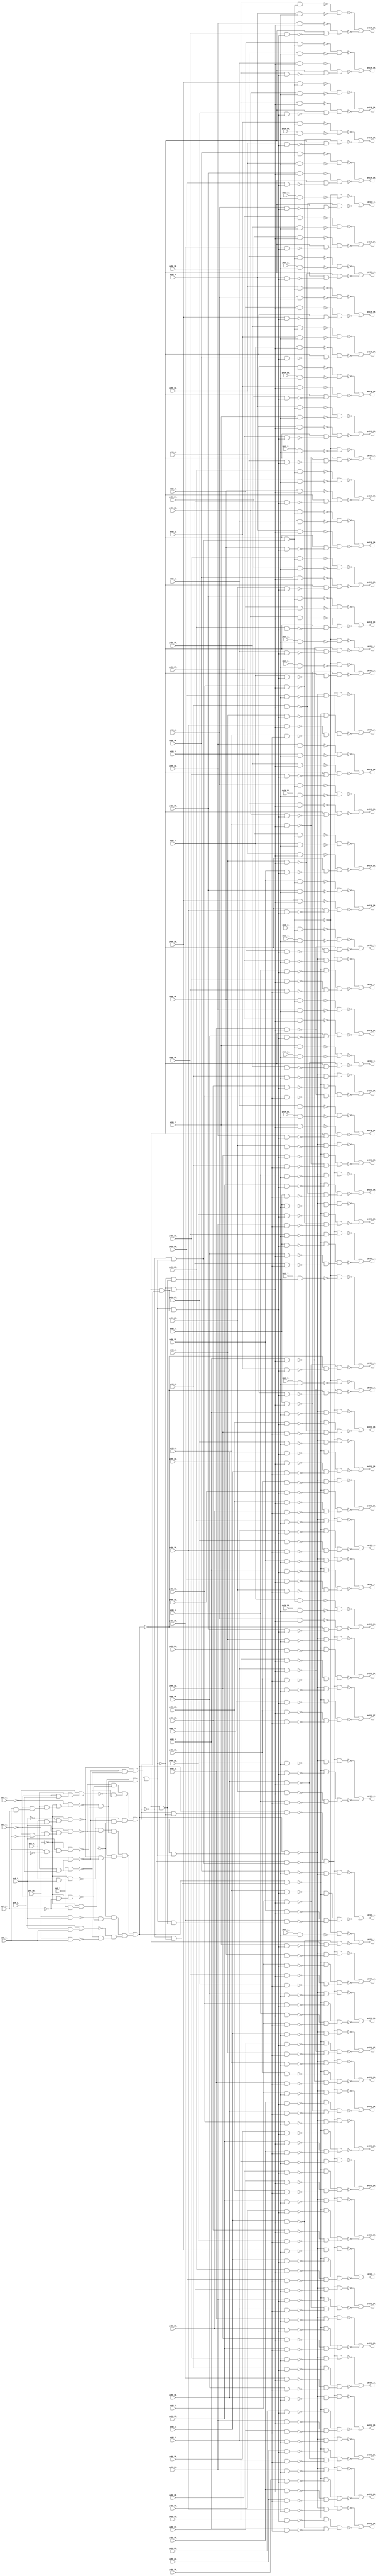
module top ( 
    pv56_12_, pv56_23_, pv88_6_, pv88_19_, pv56_13_, pv56_22_, pv88_7_,
    pv88_29_, pv56_14_, pv56_25_, pv88_8_, pv88_17_, pv88_28_, pv56_15_,
    pv56_24_, pv88_9_, pv88_18_, pv88_27_, pv9_5_, pv56_30_, pv88_2_,
    pv88_15_, pv88_26_, pv9_6_, pv24_10_, pv56_31_, pv88_3_, pv88_16_,
    pv88_25_, pv9_7_, pv9_10_, pv56_10_, pv56_21_, pv88_4_, pv88_13_,
    pv88_24_, pv9_8_, pv56_11_, pv56_20_, pv88_5_, pv88_14_, pv88_23_,
    pv56_5_, pv88_11_, pv88_22_, pv56_4_, pv88_12_, pv88_21_, pv56_7_,
    pv88_20_, pv56_6_, pv88_10_, pv24_8_, pv56_9_, pv24_9_, pv56_8_,
    pv24_6_, pv24_7_, pv24_4_, pv24_5_, pv24_2_, pv24_3_, pv24_0_, pv56_1_,
    pv24_1_, pv56_0_, pv88_30_, pv56_3_, pv88_31_, pv56_2_, pv9_1_,
    pv24_13_, pv9_2_, pv24_14_, pv9_3_, pv24_11_, pv88_0_, pv24_12_,
    pv88_1_, pv56_16_, pv56_27_, pv56_17_, pv56_26_, pv56_18_, pv56_29_,
    pv9_0_, pv56_19_, pv56_28_,
    pv119_1_, pv119_0_, pv119_3_, pv119_30_, pv119_2_, pv151_1_, pv151_18_,
    pv151_0_, pv151_19_, pv119_21_, pv151_3_, pv151_16_, pv119_20_,
    pv151_2_, pv151_17_, pv119_9_, pv119_23_, pv151_27_, pv119_8_,
    pv119_22_, pv151_26_, pv119_25_, pv151_29_, pv119_24_, pv151_28_,
    pv119_5_, pv119_27_, pv119_4_, pv119_26_, pv119_7_, pv119_29_,
    pv119_6_, pv119_28_, pv119_18_, pv119_19_, pv119_16_, pv151_21_,
    pv119_17_, pv151_20_, pv119_14_, pv151_23_, pv119_15_, pv151_22_,
    pv119_12_, pv151_25_, pv151_30_, pv119_13_, pv151_24_, pv151_31_,
    pv119_10_, pv151_5_, pv151_14_, pv119_11_, pv151_4_, pv151_15_,
    pv151_7_, pv151_12_, pv151_6_, pv151_13_, pv151_9_, pv151_10_,
    pv151_8_, pv151_11_  );
  input  pv56_12_, pv56_23_, pv88_6_, pv88_19_, pv56_13_, pv56_22_,
    pv88_7_, pv88_29_, pv56_14_, pv56_25_, pv88_8_, pv88_17_, pv88_28_,
    pv56_15_, pv56_24_, pv88_9_, pv88_18_, pv88_27_, pv9_5_, pv56_30_,
    pv88_2_, pv88_15_, pv88_26_, pv9_6_, pv24_10_, pv56_31_, pv88_3_,
    pv88_16_, pv88_25_, pv9_7_, pv9_10_, pv56_10_, pv56_21_, pv88_4_,
    pv88_13_, pv88_24_, pv9_8_, pv56_11_, pv56_20_, pv88_5_, pv88_14_,
    pv88_23_, pv56_5_, pv88_11_, pv88_22_, pv56_4_, pv88_12_, pv88_21_,
    pv56_7_, pv88_20_, pv56_6_, pv88_10_, pv24_8_, pv56_9_, pv24_9_,
    pv56_8_, pv24_6_, pv24_7_, pv24_4_, pv24_5_, pv24_2_, pv24_3_, pv24_0_,
    pv56_1_, pv24_1_, pv56_0_, pv88_30_, pv56_3_, pv88_31_, pv56_2_,
    pv9_1_, pv24_13_, pv9_2_, pv24_14_, pv9_3_, pv24_11_, pv88_0_,
    pv24_12_, pv88_1_, pv56_16_, pv56_27_, pv56_17_, pv56_26_, pv56_18_,
    pv56_29_, pv9_0_, pv56_19_, pv56_28_;
  output pv119_1_, pv119_0_, pv119_3_, pv119_30_, pv119_2_, pv151_1_,
    pv151_18_, pv151_0_, pv151_19_, pv119_21_, pv151_3_, pv151_16_,
    pv119_20_, pv151_2_, pv151_17_, pv119_9_, pv119_23_, pv151_27_,
    pv119_8_, pv119_22_, pv151_26_, pv119_25_, pv151_29_, pv119_24_,
    pv151_28_, pv119_5_, pv119_27_, pv119_4_, pv119_26_, pv119_7_,
    pv119_29_, pv119_6_, pv119_28_, pv119_18_, pv119_19_, pv119_16_,
    pv151_21_, pv119_17_, pv151_20_, pv119_14_, pv151_23_, pv119_15_,
    pv151_22_, pv119_12_, pv151_25_, pv151_30_, pv119_13_, pv151_24_,
    pv151_31_, pv119_10_, pv151_5_, pv151_14_, pv119_11_, pv151_4_,
    pv151_15_, pv151_7_, pv151_12_, pv151_6_, pv151_13_, pv151_9_,
    pv151_10_, pv151_8_, pv151_11_;
  wire new_n152_, new_n153_, new_n154_, new_n155_, new_n156_, new_n157_,
    new_n158_, new_n159_, new_n160_, new_n161_, new_n162_, new_n163_,
    new_n164_, new_n165_, new_n166_, new_n167_, new_n168_, new_n169_,
    new_n170_, new_n171_, new_n172_, new_n173_, new_n174_, new_n175_,
    new_n176_, new_n177_, new_n178_, new_n179_, new_n180_, new_n181_,
    new_n182_, new_n183_, new_n184_, new_n185_, new_n186_, new_n187_,
    new_n188_, new_n189_, new_n190_, new_n191_, new_n192_, new_n193_,
    new_n194_, new_n195_, new_n196_, new_n197_, new_n198_, new_n199_,
    new_n200_, new_n201_, new_n202_, new_n203_, new_n204_, new_n205_,
    new_n206_, new_n207_, new_n208_, new_n209_, new_n210_, new_n211_,
    new_n212_, new_n213_, new_n214_, new_n215_, new_n216_, new_n217_,
    new_n219_, new_n220_, new_n221_, new_n222_, new_n223_, new_n224_,
    new_n226_, new_n227_, new_n228_, new_n229_, new_n230_, new_n231_,
    new_n233_, new_n234_, new_n235_, new_n236_, new_n237_, new_n238_,
    new_n239_, new_n241_, new_n242_, new_n243_, new_n244_, new_n245_,
    new_n246_, new_n248_, new_n249_, new_n250_, new_n251_, new_n252_,
    new_n253_, new_n254_, new_n255_, new_n256_, new_n257_, new_n258_,
    new_n259_, new_n260_, new_n261_, new_n262_, new_n263_, new_n264_,
    new_n265_, new_n267_, new_n268_, new_n269_, new_n270_, new_n271_,
    new_n272_, new_n273_, new_n274_, new_n275_, new_n277_, new_n278_,
    new_n279_, new_n280_, new_n281_, new_n282_, new_n283_, new_n284_,
    new_n285_, new_n287_, new_n288_, new_n289_, new_n290_, new_n291_,
    new_n292_, new_n293_, new_n294_, new_n295_, new_n297_, new_n298_,
    new_n299_, new_n300_, new_n301_, new_n302_, new_n303_, new_n305_,
    new_n306_, new_n307_, new_n308_, new_n309_, new_n310_, new_n311_,
    new_n312_, new_n313_, new_n315_, new_n316_, new_n317_, new_n318_,
    new_n319_, new_n320_, new_n321_, new_n322_, new_n323_, new_n325_,
    new_n326_, new_n327_, new_n328_, new_n329_, new_n330_, new_n331_,
    new_n333_, new_n334_, new_n335_, new_n336_, new_n337_, new_n338_,
    new_n339_, new_n340_, new_n341_, new_n343_, new_n344_, new_n345_,
    new_n346_, new_n347_, new_n348_, new_n349_, new_n350_, new_n351_,
    new_n353_, new_n354_, new_n355_, new_n356_, new_n357_, new_n358_,
    new_n359_, new_n361_, new_n362_, new_n363_, new_n364_, new_n365_,
    new_n366_, new_n367_, new_n369_, new_n370_, new_n371_, new_n372_,
    new_n373_, new_n374_, new_n375_, new_n376_, new_n377_, new_n379_,
    new_n380_, new_n381_, new_n382_, new_n383_, new_n384_, new_n385_,
    new_n387_, new_n388_, new_n389_, new_n390_, new_n391_, new_n392_,
    new_n393_, new_n395_, new_n396_, new_n397_, new_n398_, new_n399_,
    new_n400_, new_n401_, new_n402_, new_n403_, new_n405_, new_n406_,
    new_n407_, new_n408_, new_n409_, new_n410_, new_n411_, new_n413_,
    new_n414_, new_n415_, new_n416_, new_n417_, new_n418_, new_n419_,
    new_n420_, new_n421_, new_n423_, new_n424_, new_n425_, new_n426_,
    new_n427_, new_n428_, new_n429_, new_n431_, new_n432_, new_n433_,
    new_n434_, new_n435_, new_n436_, new_n437_, new_n438_, new_n439_,
    new_n441_, new_n442_, new_n443_, new_n444_, new_n445_, new_n447_,
    new_n448_, new_n449_, new_n450_, new_n451_, new_n452_, new_n453_,
    new_n455_, new_n456_, new_n457_, new_n458_, new_n459_, new_n461_,
    new_n462_, new_n463_, new_n464_, new_n465_, new_n466_, new_n467_,
    new_n469_, new_n470_, new_n471_, new_n472_, new_n473_, new_n474_,
    new_n476_, new_n477_, new_n478_, new_n479_, new_n480_, new_n481_,
    new_n482_, new_n484_, new_n485_, new_n486_, new_n487_, new_n488_,
    new_n490_, new_n491_, new_n492_, new_n493_, new_n494_, new_n495_,
    new_n496_, new_n498_, new_n499_, new_n500_, new_n501_, new_n502_,
    new_n503_, new_n504_, new_n506_, new_n507_, new_n508_, new_n509_,
    new_n510_, new_n511_, new_n512_, new_n514_, new_n515_, new_n516_,
    new_n517_, new_n518_, new_n519_, new_n520_, new_n522_, new_n523_,
    new_n524_, new_n525_, new_n526_, new_n527_, new_n528_, new_n529_,
    new_n531_, new_n532_, new_n533_, new_n534_, new_n535_, new_n536_,
    new_n537_, new_n539_, new_n540_, new_n541_, new_n542_, new_n543_,
    new_n544_, new_n545_, new_n546_, new_n548_, new_n549_, new_n550_,
    new_n551_, new_n552_, new_n553_, new_n554_, new_n556_, new_n557_,
    new_n558_, new_n559_, new_n560_, new_n561_, new_n562_, new_n563_,
    new_n564_, new_n566_, new_n567_, new_n568_, new_n569_, new_n570_,
    new_n571_, new_n572_, new_n574_, new_n575_, new_n576_, new_n577_,
    new_n578_, new_n579_, new_n580_, new_n581_, new_n582_, new_n584_,
    new_n585_, new_n586_, new_n587_, new_n588_, new_n589_, new_n590_,
    new_n592_, new_n593_, new_n594_, new_n595_, new_n596_, new_n597_,
    new_n598_, new_n599_, new_n600_, new_n602_, new_n603_, new_n604_,
    new_n605_, new_n606_, new_n607_, new_n608_, new_n609_, new_n610_,
    new_n612_, new_n613_, new_n614_, new_n615_, new_n616_, new_n617_,
    new_n618_, new_n620_, new_n621_, new_n622_, new_n623_, new_n624_,
    new_n625_, new_n626_, new_n627_, new_n628_, new_n630_, new_n631_,
    new_n632_, new_n633_, new_n634_, new_n635_, new_n636_, new_n637_,
    new_n638_, new_n640_, new_n641_, new_n642_, new_n643_, new_n644_,
    new_n645_, new_n647_, new_n648_, new_n649_, new_n650_, new_n651_,
    new_n652_, new_n653_, new_n654_, new_n655_, new_n657_, new_n658_,
    new_n659_, new_n660_, new_n661_, new_n662_, new_n663_, new_n664_,
    new_n666_, new_n667_, new_n668_, new_n669_, new_n670_, new_n671_,
    new_n672_, new_n674_, new_n675_, new_n676_, new_n677_, new_n678_,
    new_n679_, new_n680_, new_n681_, new_n682_, new_n684_, new_n685_,
    new_n686_, new_n687_, new_n688_, new_n689_, new_n690_, new_n691_,
    new_n693_, new_n694_, new_n695_, new_n696_, new_n697_, new_n698_,
    new_n699_, new_n700_, new_n701_, new_n703_, new_n704_, new_n705_,
    new_n706_, new_n707_, new_n708_, new_n709_, new_n710_, new_n712_,
    new_n713_, new_n714_, new_n715_, new_n716_, new_n717_, new_n718_,
    new_n719_, new_n720_, new_n722_, new_n723_, new_n724_, new_n725_,
    new_n726_, new_n727_, new_n728_, new_n729_, new_n731_, new_n732_,
    new_n733_, new_n734_, new_n735_, new_n736_, new_n737_, new_n738_,
    new_n739_, new_n741_, new_n742_, new_n743_, new_n744_, new_n745_,
    new_n746_, new_n747_, new_n748_, new_n749_, new_n751_, new_n752_,
    new_n753_, new_n754_, new_n755_, new_n756_, new_n757_, new_n758_,
    new_n759_, new_n761_, new_n762_, new_n763_, new_n764_, new_n765_,
    new_n766_, new_n767_, new_n768_, new_n769_;
  assign new_n152_ = pv9_8_ & pv9_1_;
  assign new_n153_ = ~pv9_10_ & new_n152_;
  assign new_n154_ = ~pv9_6_ & ~pv9_2_;
  assign new_n155_ = ~pv9_5_ & new_n154_;
  assign new_n156_ = pv9_1_ & new_n155_;
  assign new_n157_ = ~pv9_10_ & new_n156_;
  assign new_n158_ = pv9_2_ & pv9_0_;
  assign new_n159_ = ~pv9_5_ & new_n158_;
  assign new_n160_ = ~pv9_1_ & new_n159_;
  assign new_n161_ = ~pv9_10_ & new_n160_;
  assign new_n162_ = ~pv9_6_ & new_n161_;
  assign new_n163_ = pv9_2_ & ~pv9_3_;
  assign new_n164_ = pv9_1_ & new_n163_;
  assign new_n165_ = ~pv9_10_ & new_n164_;
  assign new_n166_ = pv9_8_ & pv9_2_;
  assign new_n167_ = ~pv9_1_ & new_n166_;
  assign new_n168_ = ~pv9_10_ & new_n167_;
  assign new_n169_ = ~pv9_1_ & ~pv9_2_;
  assign new_n170_ = pv9_10_ & new_n169_;
  assign new_n171_ = ~pv9_5_ & ~pv9_2_;
  assign new_n172_ = ~pv9_1_ & new_n171_;
  assign new_n173_ = ~pv9_6_ & new_n172_;
  assign new_n174_ = pv9_7_ & new_n169_;
  assign new_n175_ = pv9_10_ & pv9_2_;
  assign new_n176_ = pv9_1_ & pv9_2_;
  assign new_n177_ = pv9_3_ & new_n176_;
  assign new_n178_ = pv9_10_ & pv9_1_;
  assign new_n179_ = ~pv9_5_ & ~pv9_0_;
  assign new_n180_ = ~pv9_10_ & new_n179_;
  assign new_n181_ = pv9_7_ & ~pv9_0_;
  assign new_n182_ = ~pv9_10_ & new_n181_;
  assign new_n183_ = ~new_n153_ & ~new_n157_;
  assign new_n184_ = ~new_n162_ & ~new_n165_;
  assign new_n185_ = new_n183_ & new_n184_;
  assign new_n186_ = ~new_n168_ & ~new_n170_;
  assign new_n187_ = ~new_n173_ & new_n186_;
  assign new_n188_ = new_n185_ & new_n187_;
  assign new_n189_ = ~new_n178_ & ~new_n180_;
  assign new_n190_ = ~new_n182_ & new_n189_;
  assign new_n191_ = ~new_n174_ & ~new_n175_;
  assign new_n192_ = ~new_n177_ & new_n191_;
  assign new_n193_ = new_n190_ & new_n192_;
  assign new_n194_ = new_n188_ & new_n193_;
  assign new_n195_ = ~new_n157_ & ~new_n180_;
  assign new_n196_ = ~new_n173_ & ~new_n174_;
  assign new_n197_ = new_n195_ & new_n196_;
  assign new_n198_ = ~new_n170_ & ~new_n182_;
  assign new_n199_ = ~new_n153_ & new_n198_;
  assign new_n200_ = new_n197_ & new_n199_;
  assign new_n201_ = ~new_n170_ & ~new_n174_;
  assign new_n202_ = ~new_n168_ & new_n201_;
  assign new_n203_ = ~new_n173_ & new_n184_;
  assign new_n204_ = new_n202_ & new_n203_;
  assign new_n205_ = ~new_n194_ & new_n200_;
  assign new_n206_ = new_n204_ & new_n205_;
  assign new_n207_ = pv56_2_ & new_n206_;
  assign new_n208_ = ~new_n204_ & new_n205_;
  assign new_n209_ = pv88_2_ & new_n208_;
  assign new_n210_ = ~new_n200_ & new_n204_;
  assign new_n211_ = ~new_n194_ & new_n210_;
  assign new_n212_ = ~new_n194_ & ~new_n200_;
  assign new_n213_ = ~new_n204_ & new_n212_;
  assign new_n214_ = pv24_1_ & new_n213_;
  assign new_n215_ = ~new_n211_ & ~new_n214_;
  assign new_n216_ = ~new_n194_ & ~new_n207_;
  assign new_n217_ = ~new_n209_ & new_n216_;
  assign pv119_1_ = ~new_n215_ | ~new_n217_;
  assign new_n219_ = pv56_1_ & new_n206_;
  assign new_n220_ = pv88_1_ & new_n208_;
  assign new_n221_ = pv24_0_ & new_n213_;
  assign new_n222_ = ~new_n211_ & ~new_n221_;
  assign new_n223_ = ~new_n194_ & ~new_n219_;
  assign new_n224_ = ~new_n220_ & new_n223_;
  assign pv119_0_ = ~new_n222_ | ~new_n224_;
  assign new_n226_ = pv56_4_ & new_n206_;
  assign new_n227_ = pv88_4_ & new_n208_;
  assign new_n228_ = pv24_3_ & new_n213_;
  assign new_n229_ = ~new_n211_ & ~new_n228_;
  assign new_n230_ = ~new_n194_ & ~new_n226_;
  assign new_n231_ = ~new_n227_ & new_n230_;
  assign pv119_3_ = ~new_n229_ | ~new_n231_;
  assign new_n233_ = pv56_31_ & new_n206_;
  assign new_n234_ = pv56_20_ & new_n208_;
  assign new_n235_ = pv56_23_ & new_n211_;
  assign new_n236_ = pv56_16_ & new_n213_;
  assign new_n237_ = ~new_n235_ & ~new_n236_;
  assign new_n238_ = ~new_n194_ & ~new_n233_;
  assign new_n239_ = ~new_n234_ & new_n238_;
  assign pv119_30_ = ~new_n237_ | ~new_n239_;
  assign new_n241_ = pv56_3_ & new_n206_;
  assign new_n242_ = pv88_3_ & new_n208_;
  assign new_n243_ = pv24_2_ & new_n213_;
  assign new_n244_ = ~new_n211_ & ~new_n243_;
  assign new_n245_ = ~new_n194_ & ~new_n241_;
  assign new_n246_ = ~new_n242_ & new_n245_;
  assign pv119_2_ = ~new_n244_ | ~new_n246_;
  assign new_n248_ = pv88_1_ & new_n206_;
  assign new_n249_ = ~new_n200_ & ~new_n204_;
  assign new_n250_ = new_n194_ & new_n249_;
  assign new_n251_ = pv56_22_ & new_n208_;
  assign new_n252_ = new_n204_ & new_n212_;
  assign new_n253_ = pv56_25_ & new_n252_;
  assign new_n254_ = pv56_18_ & new_n213_;
  assign new_n255_ = new_n200_ & new_n204_;
  assign new_n256_ = new_n194_ & new_n255_;
  assign new_n257_ = new_n200_ & ~new_n204_;
  assign new_n258_ = new_n194_ & new_n257_;
  assign new_n259_ = new_n194_ & new_n210_;
  assign new_n260_ = ~new_n258_ & ~new_n259_;
  assign new_n261_ = ~new_n254_ & ~new_n256_;
  assign new_n262_ = new_n260_ & new_n261_;
  assign new_n263_ = ~new_n248_ & ~new_n250_;
  assign new_n264_ = ~new_n251_ & ~new_n253_;
  assign new_n265_ = new_n263_ & new_n264_;
  assign pv151_1_ = ~new_n262_ | ~new_n265_;
  assign new_n267_ = pv88_18_ & new_n206_;
  assign new_n268_ = pv88_7_ & new_n208_;
  assign new_n269_ = pv88_10_ & new_n252_;
  assign new_n270_ = pv88_3_ & new_n213_;
  assign new_n271_ = ~new_n256_ & ~new_n270_;
  assign new_n272_ = new_n260_ & new_n271_;
  assign new_n273_ = ~new_n250_ & ~new_n267_;
  assign new_n274_ = ~new_n268_ & ~new_n269_;
  assign new_n275_ = new_n273_ & new_n274_;
  assign pv151_18_ = ~new_n272_ | ~new_n275_;
  assign new_n277_ = pv88_0_ & new_n206_;
  assign new_n278_ = pv56_21_ & new_n208_;
  assign new_n279_ = pv56_24_ & new_n252_;
  assign new_n280_ = pv56_17_ & new_n213_;
  assign new_n281_ = ~new_n256_ & ~new_n280_;
  assign new_n282_ = new_n260_ & new_n281_;
  assign new_n283_ = ~new_n250_ & ~new_n277_;
  assign new_n284_ = ~new_n278_ & ~new_n279_;
  assign new_n285_ = new_n283_ & new_n284_;
  assign pv151_0_ = ~new_n282_ | ~new_n285_;
  assign new_n287_ = pv88_19_ & new_n206_;
  assign new_n288_ = pv88_8_ & new_n208_;
  assign new_n289_ = pv88_11_ & new_n252_;
  assign new_n290_ = pv88_4_ & new_n213_;
  assign new_n291_ = ~new_n256_ & ~new_n290_;
  assign new_n292_ = new_n260_ & new_n291_;
  assign new_n293_ = ~new_n250_ & ~new_n287_;
  assign new_n294_ = ~new_n288_ & ~new_n289_;
  assign new_n295_ = new_n293_ & new_n294_;
  assign pv151_19_ = ~new_n292_ | ~new_n295_;
  assign new_n297_ = pv56_22_ & new_n206_;
  assign new_n298_ = pv56_11_ & new_n208_;
  assign new_n299_ = pv56_14_ & new_n211_;
  assign new_n300_ = pv56_7_ & new_n213_;
  assign new_n301_ = ~new_n299_ & ~new_n300_;
  assign new_n302_ = ~new_n194_ & ~new_n297_;
  assign new_n303_ = ~new_n298_ & new_n302_;
  assign pv119_21_ = ~new_n301_ | ~new_n303_;
  assign new_n305_ = pv88_3_ & new_n206_;
  assign new_n306_ = pv56_24_ & new_n208_;
  assign new_n307_ = pv56_27_ & new_n252_;
  assign new_n308_ = pv56_20_ & new_n213_;
  assign new_n309_ = ~new_n256_ & ~new_n308_;
  assign new_n310_ = new_n260_ & new_n309_;
  assign new_n311_ = ~new_n250_ & ~new_n305_;
  assign new_n312_ = ~new_n306_ & ~new_n307_;
  assign new_n313_ = new_n311_ & new_n312_;
  assign pv151_3_ = ~new_n310_ | ~new_n313_;
  assign new_n315_ = pv88_16_ & new_n206_;
  assign new_n316_ = pv88_5_ & new_n208_;
  assign new_n317_ = pv88_8_ & new_n252_;
  assign new_n318_ = pv88_1_ & new_n213_;
  assign new_n319_ = ~new_n256_ & ~new_n318_;
  assign new_n320_ = new_n260_ & new_n319_;
  assign new_n321_ = ~new_n250_ & ~new_n315_;
  assign new_n322_ = ~new_n316_ & ~new_n317_;
  assign new_n323_ = new_n321_ & new_n322_;
  assign pv151_16_ = ~new_n320_ | ~new_n323_;
  assign new_n325_ = pv56_21_ & new_n206_;
  assign new_n326_ = pv56_10_ & new_n208_;
  assign new_n327_ = pv56_13_ & new_n211_;
  assign new_n328_ = pv56_6_ & new_n213_;
  assign new_n329_ = ~new_n327_ & ~new_n328_;
  assign new_n330_ = ~new_n194_ & ~new_n325_;
  assign new_n331_ = ~new_n326_ & new_n330_;
  assign pv119_20_ = ~new_n329_ | ~new_n331_;
  assign new_n333_ = pv88_2_ & new_n206_;
  assign new_n334_ = pv56_23_ & new_n208_;
  assign new_n335_ = pv56_26_ & new_n252_;
  assign new_n336_ = pv56_19_ & new_n213_;
  assign new_n337_ = ~new_n256_ & ~new_n336_;
  assign new_n338_ = new_n260_ & new_n337_;
  assign new_n339_ = ~new_n250_ & ~new_n333_;
  assign new_n340_ = ~new_n334_ & ~new_n335_;
  assign new_n341_ = new_n339_ & new_n340_;
  assign pv151_2_ = ~new_n338_ | ~new_n341_;
  assign new_n343_ = pv88_17_ & new_n206_;
  assign new_n344_ = pv88_6_ & new_n208_;
  assign new_n345_ = pv88_9_ & new_n252_;
  assign new_n346_ = pv88_2_ & new_n213_;
  assign new_n347_ = ~new_n256_ & ~new_n346_;
  assign new_n348_ = new_n260_ & new_n347_;
  assign new_n349_ = ~new_n250_ & ~new_n343_;
  assign new_n350_ = ~new_n344_ & ~new_n345_;
  assign new_n351_ = new_n349_ & new_n350_;
  assign pv151_17_ = ~new_n348_ | ~new_n351_;
  assign new_n353_ = pv56_10_ & new_n206_;
  assign new_n354_ = pv88_10_ & new_n208_;
  assign new_n355_ = pv56_2_ & new_n211_;
  assign new_n356_ = pv24_9_ & new_n213_;
  assign new_n357_ = ~new_n355_ & ~new_n356_;
  assign new_n358_ = ~new_n194_ & ~new_n353_;
  assign new_n359_ = ~new_n354_ & new_n358_;
  assign pv119_9_ = ~new_n357_ | ~new_n359_;
  assign new_n361_ = pv56_24_ & new_n206_;
  assign new_n362_ = pv56_13_ & new_n208_;
  assign new_n363_ = pv56_16_ & new_n211_;
  assign new_n364_ = pv56_9_ & new_n213_;
  assign new_n365_ = ~new_n363_ & ~new_n364_;
  assign new_n366_ = ~new_n194_ & ~new_n361_;
  assign new_n367_ = ~new_n362_ & new_n366_;
  assign pv119_23_ = ~new_n365_ | ~new_n367_;
  assign new_n369_ = pv88_27_ & new_n206_;
  assign new_n370_ = pv88_16_ & new_n208_;
  assign new_n371_ = pv88_19_ & new_n252_;
  assign new_n372_ = pv88_12_ & new_n213_;
  assign new_n373_ = ~new_n256_ & ~new_n372_;
  assign new_n374_ = new_n260_ & new_n373_;
  assign new_n375_ = ~new_n250_ & ~new_n369_;
  assign new_n376_ = ~new_n370_ & ~new_n371_;
  assign new_n377_ = new_n375_ & new_n376_;
  assign pv151_27_ = ~new_n374_ | ~new_n377_;
  assign new_n379_ = pv56_9_ & new_n206_;
  assign new_n380_ = pv88_9_ & new_n208_;
  assign new_n381_ = pv56_1_ & new_n211_;
  assign new_n382_ = pv24_8_ & new_n213_;
  assign new_n383_ = ~new_n381_ & ~new_n382_;
  assign new_n384_ = ~new_n194_ & ~new_n379_;
  assign new_n385_ = ~new_n380_ & new_n384_;
  assign pv119_8_ = ~new_n383_ | ~new_n385_;
  assign new_n387_ = pv56_23_ & new_n206_;
  assign new_n388_ = pv56_12_ & new_n208_;
  assign new_n389_ = pv56_15_ & new_n211_;
  assign new_n390_ = pv56_8_ & new_n213_;
  assign new_n391_ = ~new_n389_ & ~new_n390_;
  assign new_n392_ = ~new_n194_ & ~new_n387_;
  assign new_n393_ = ~new_n388_ & new_n392_;
  assign pv119_22_ = ~new_n391_ | ~new_n393_;
  assign new_n395_ = pv88_26_ & new_n206_;
  assign new_n396_ = pv88_15_ & new_n208_;
  assign new_n397_ = pv88_18_ & new_n252_;
  assign new_n398_ = pv88_11_ & new_n213_;
  assign new_n399_ = ~new_n256_ & ~new_n398_;
  assign new_n400_ = new_n260_ & new_n399_;
  assign new_n401_ = ~new_n250_ & ~new_n395_;
  assign new_n402_ = ~new_n396_ & ~new_n397_;
  assign new_n403_ = new_n401_ & new_n402_;
  assign pv151_26_ = ~new_n400_ | ~new_n403_;
  assign new_n405_ = pv56_26_ & new_n206_;
  assign new_n406_ = pv56_15_ & new_n208_;
  assign new_n407_ = pv56_18_ & new_n211_;
  assign new_n408_ = pv56_11_ & new_n213_;
  assign new_n409_ = ~new_n407_ & ~new_n408_;
  assign new_n410_ = ~new_n194_ & ~new_n405_;
  assign new_n411_ = ~new_n406_ & new_n410_;
  assign pv119_25_ = ~new_n409_ | ~new_n411_;
  assign new_n413_ = pv88_29_ & new_n206_;
  assign new_n414_ = pv88_18_ & new_n208_;
  assign new_n415_ = pv88_21_ & new_n252_;
  assign new_n416_ = pv88_14_ & new_n213_;
  assign new_n417_ = ~new_n256_ & ~new_n416_;
  assign new_n418_ = new_n260_ & new_n417_;
  assign new_n419_ = ~new_n250_ & ~new_n413_;
  assign new_n420_ = ~new_n414_ & ~new_n415_;
  assign new_n421_ = new_n419_ & new_n420_;
  assign pv151_29_ = ~new_n418_ | ~new_n421_;
  assign new_n423_ = pv56_25_ & new_n206_;
  assign new_n424_ = pv56_14_ & new_n208_;
  assign new_n425_ = pv56_17_ & new_n211_;
  assign new_n426_ = pv56_10_ & new_n213_;
  assign new_n427_ = ~new_n425_ & ~new_n426_;
  assign new_n428_ = ~new_n194_ & ~new_n423_;
  assign new_n429_ = ~new_n424_ & new_n428_;
  assign pv119_24_ = ~new_n427_ | ~new_n429_;
  assign new_n431_ = pv88_28_ & new_n206_;
  assign new_n432_ = pv88_17_ & new_n208_;
  assign new_n433_ = pv88_20_ & new_n252_;
  assign new_n434_ = pv88_13_ & new_n213_;
  assign new_n435_ = ~new_n256_ & ~new_n434_;
  assign new_n436_ = new_n260_ & new_n435_;
  assign new_n437_ = ~new_n250_ & ~new_n431_;
  assign new_n438_ = ~new_n432_ & ~new_n433_;
  assign new_n439_ = new_n437_ & new_n438_;
  assign pv151_28_ = ~new_n436_ | ~new_n439_;
  assign new_n441_ = pv56_6_ & new_n206_;
  assign new_n442_ = pv24_5_ & new_n213_;
  assign new_n443_ = ~new_n211_ & ~new_n442_;
  assign new_n444_ = ~new_n194_ & ~new_n441_;
  assign new_n445_ = ~new_n344_ & new_n444_;
  assign pv119_5_ = ~new_n443_ | ~new_n445_;
  assign new_n447_ = pv56_28_ & new_n206_;
  assign new_n448_ = pv56_17_ & new_n208_;
  assign new_n449_ = pv56_20_ & new_n211_;
  assign new_n450_ = pv56_13_ & new_n213_;
  assign new_n451_ = ~new_n449_ & ~new_n450_;
  assign new_n452_ = ~new_n194_ & ~new_n447_;
  assign new_n453_ = ~new_n448_ & new_n452_;
  assign pv119_27_ = ~new_n451_ | ~new_n453_;
  assign new_n455_ = pv56_5_ & new_n206_;
  assign new_n456_ = pv24_4_ & new_n213_;
  assign new_n457_ = ~new_n211_ & ~new_n456_;
  assign new_n458_ = ~new_n194_ & ~new_n455_;
  assign new_n459_ = ~new_n316_ & new_n458_;
  assign pv119_4_ = ~new_n457_ | ~new_n459_;
  assign new_n461_ = pv56_27_ & new_n206_;
  assign new_n462_ = pv56_16_ & new_n208_;
  assign new_n463_ = pv56_19_ & new_n211_;
  assign new_n464_ = pv56_12_ & new_n213_;
  assign new_n465_ = ~new_n463_ & ~new_n464_;
  assign new_n466_ = ~new_n194_ & ~new_n461_;
  assign new_n467_ = ~new_n462_ & new_n466_;
  assign pv119_26_ = ~new_n465_ | ~new_n467_;
  assign new_n469_ = pv56_8_ & new_n206_;
  assign new_n470_ = pv56_0_ & new_n211_;
  assign new_n471_ = pv24_7_ & new_n213_;
  assign new_n472_ = ~new_n470_ & ~new_n471_;
  assign new_n473_ = ~new_n194_ & ~new_n469_;
  assign new_n474_ = ~new_n288_ & new_n473_;
  assign pv119_7_ = ~new_n472_ | ~new_n474_;
  assign new_n476_ = pv56_30_ & new_n206_;
  assign new_n477_ = pv56_19_ & new_n208_;
  assign new_n478_ = pv56_22_ & new_n211_;
  assign new_n479_ = pv56_15_ & new_n213_;
  assign new_n480_ = ~new_n478_ & ~new_n479_;
  assign new_n481_ = ~new_n194_ & ~new_n476_;
  assign new_n482_ = ~new_n477_ & new_n481_;
  assign pv119_29_ = ~new_n480_ | ~new_n482_;
  assign new_n484_ = pv56_7_ & new_n206_;
  assign new_n485_ = pv24_6_ & new_n213_;
  assign new_n486_ = ~new_n211_ & ~new_n485_;
  assign new_n487_ = ~new_n194_ & ~new_n484_;
  assign new_n488_ = ~new_n268_ & new_n487_;
  assign pv119_6_ = ~new_n486_ | ~new_n488_;
  assign new_n490_ = pv56_29_ & new_n206_;
  assign new_n491_ = pv56_18_ & new_n208_;
  assign new_n492_ = pv56_21_ & new_n211_;
  assign new_n493_ = pv56_14_ & new_n213_;
  assign new_n494_ = ~new_n492_ & ~new_n493_;
  assign new_n495_ = ~new_n194_ & ~new_n490_;
  assign new_n496_ = ~new_n491_ & new_n495_;
  assign pv119_28_ = ~new_n494_ | ~new_n496_;
  assign new_n498_ = pv56_19_ & new_n206_;
  assign new_n499_ = pv56_8_ & new_n208_;
  assign new_n500_ = pv56_11_ & new_n211_;
  assign new_n501_ = pv56_4_ & new_n213_;
  assign new_n502_ = ~new_n500_ & ~new_n501_;
  assign new_n503_ = ~new_n194_ & ~new_n498_;
  assign new_n504_ = ~new_n499_ & new_n503_;
  assign pv119_18_ = ~new_n502_ | ~new_n504_;
  assign new_n506_ = pv56_20_ & new_n206_;
  assign new_n507_ = pv56_9_ & new_n208_;
  assign new_n508_ = pv56_12_ & new_n211_;
  assign new_n509_ = pv56_5_ & new_n213_;
  assign new_n510_ = ~new_n508_ & ~new_n509_;
  assign new_n511_ = ~new_n194_ & ~new_n506_;
  assign new_n512_ = ~new_n507_ & new_n511_;
  assign pv119_19_ = ~new_n510_ | ~new_n512_;
  assign new_n514_ = pv56_17_ & new_n206_;
  assign new_n515_ = pv56_6_ & new_n208_;
  assign new_n516_ = pv56_9_ & new_n211_;
  assign new_n517_ = pv56_2_ & new_n213_;
  assign new_n518_ = ~new_n516_ & ~new_n517_;
  assign new_n519_ = ~new_n194_ & ~new_n514_;
  assign new_n520_ = ~new_n515_ & new_n519_;
  assign pv119_16_ = ~new_n518_ | ~new_n520_;
  assign new_n522_ = pv88_21_ & new_n206_;
  assign new_n523_ = pv88_13_ & new_n252_;
  assign new_n524_ = pv88_6_ & new_n213_;
  assign new_n525_ = ~new_n256_ & ~new_n524_;
  assign new_n526_ = new_n260_ & new_n525_;
  assign new_n527_ = ~new_n250_ & ~new_n522_;
  assign new_n528_ = ~new_n354_ & ~new_n523_;
  assign new_n529_ = new_n527_ & new_n528_;
  assign pv151_21_ = ~new_n526_ | ~new_n529_;
  assign new_n531_ = pv56_18_ & new_n206_;
  assign new_n532_ = pv56_7_ & new_n208_;
  assign new_n533_ = pv56_10_ & new_n211_;
  assign new_n534_ = pv56_3_ & new_n213_;
  assign new_n535_ = ~new_n533_ & ~new_n534_;
  assign new_n536_ = ~new_n194_ & ~new_n531_;
  assign new_n537_ = ~new_n532_ & new_n536_;
  assign pv119_17_ = ~new_n535_ | ~new_n537_;
  assign new_n539_ = pv88_20_ & new_n206_;
  assign new_n540_ = pv88_12_ & new_n252_;
  assign new_n541_ = pv88_5_ & new_n213_;
  assign new_n542_ = ~new_n256_ & ~new_n541_;
  assign new_n543_ = new_n260_ & new_n542_;
  assign new_n544_ = ~new_n250_ & ~new_n539_;
  assign new_n545_ = ~new_n380_ & ~new_n540_;
  assign new_n546_ = new_n544_ & new_n545_;
  assign pv151_20_ = ~new_n543_ | ~new_n546_;
  assign new_n548_ = pv56_15_ & new_n206_;
  assign new_n549_ = pv56_4_ & new_n208_;
  assign new_n550_ = pv56_7_ & new_n211_;
  assign new_n551_ = pv24_14_ & new_n213_;
  assign new_n552_ = ~new_n550_ & ~new_n551_;
  assign new_n553_ = ~new_n194_ & ~new_n548_;
  assign new_n554_ = ~new_n549_ & new_n553_;
  assign pv119_14_ = ~new_n552_ | ~new_n554_;
  assign new_n556_ = pv88_23_ & new_n206_;
  assign new_n557_ = pv88_12_ & new_n208_;
  assign new_n558_ = pv88_15_ & new_n252_;
  assign new_n559_ = pv88_8_ & new_n213_;
  assign new_n560_ = ~new_n256_ & ~new_n559_;
  assign new_n561_ = new_n260_ & new_n560_;
  assign new_n562_ = ~new_n250_ & ~new_n556_;
  assign new_n563_ = ~new_n557_ & ~new_n558_;
  assign new_n564_ = new_n562_ & new_n563_;
  assign pv151_23_ = ~new_n561_ | ~new_n564_;
  assign new_n566_ = pv56_16_ & new_n206_;
  assign new_n567_ = pv56_5_ & new_n208_;
  assign new_n568_ = pv56_8_ & new_n211_;
  assign new_n569_ = pv56_1_ & new_n213_;
  assign new_n570_ = ~new_n568_ & ~new_n569_;
  assign new_n571_ = ~new_n194_ & ~new_n566_;
  assign new_n572_ = ~new_n567_ & new_n571_;
  assign pv119_15_ = ~new_n570_ | ~new_n572_;
  assign new_n574_ = pv88_22_ & new_n206_;
  assign new_n575_ = pv88_11_ & new_n208_;
  assign new_n576_ = pv88_14_ & new_n252_;
  assign new_n577_ = pv88_7_ & new_n213_;
  assign new_n578_ = ~new_n256_ & ~new_n577_;
  assign new_n579_ = new_n260_ & new_n578_;
  assign new_n580_ = ~new_n250_ & ~new_n574_;
  assign new_n581_ = ~new_n575_ & ~new_n576_;
  assign new_n582_ = new_n580_ & new_n581_;
  assign pv151_22_ = ~new_n579_ | ~new_n582_;
  assign new_n584_ = pv56_13_ & new_n206_;
  assign new_n585_ = pv56_2_ & new_n208_;
  assign new_n586_ = pv56_5_ & new_n211_;
  assign new_n587_ = pv24_12_ & new_n213_;
  assign new_n588_ = ~new_n586_ & ~new_n587_;
  assign new_n589_ = ~new_n194_ & ~new_n584_;
  assign new_n590_ = ~new_n585_ & new_n589_;
  assign pv119_12_ = ~new_n588_ | ~new_n590_;
  assign new_n592_ = pv88_25_ & new_n206_;
  assign new_n593_ = pv88_14_ & new_n208_;
  assign new_n594_ = pv88_17_ & new_n252_;
  assign new_n595_ = pv88_10_ & new_n213_;
  assign new_n596_ = ~new_n256_ & ~new_n595_;
  assign new_n597_ = new_n260_ & new_n596_;
  assign new_n598_ = ~new_n250_ & ~new_n592_;
  assign new_n599_ = ~new_n593_ & ~new_n594_;
  assign new_n600_ = new_n598_ & new_n599_;
  assign pv151_25_ = ~new_n597_ | ~new_n600_;
  assign new_n602_ = pv88_30_ & new_n206_;
  assign new_n603_ = pv88_19_ & new_n208_;
  assign new_n604_ = pv88_22_ & new_n252_;
  assign new_n605_ = pv88_15_ & new_n213_;
  assign new_n606_ = ~new_n256_ & ~new_n605_;
  assign new_n607_ = new_n260_ & new_n606_;
  assign new_n608_ = ~new_n250_ & ~new_n602_;
  assign new_n609_ = ~new_n603_ & ~new_n604_;
  assign new_n610_ = new_n608_ & new_n609_;
  assign pv151_30_ = ~new_n607_ | ~new_n610_;
  assign new_n612_ = pv56_14_ & new_n206_;
  assign new_n613_ = pv56_3_ & new_n208_;
  assign new_n614_ = pv56_6_ & new_n211_;
  assign new_n615_ = pv24_13_ & new_n213_;
  assign new_n616_ = ~new_n614_ & ~new_n615_;
  assign new_n617_ = ~new_n194_ & ~new_n612_;
  assign new_n618_ = ~new_n613_ & new_n617_;
  assign pv119_13_ = ~new_n616_ | ~new_n618_;
  assign new_n620_ = pv88_24_ & new_n206_;
  assign new_n621_ = pv88_13_ & new_n208_;
  assign new_n622_ = pv88_16_ & new_n252_;
  assign new_n623_ = pv88_9_ & new_n213_;
  assign new_n624_ = ~new_n256_ & ~new_n623_;
  assign new_n625_ = new_n260_ & new_n624_;
  assign new_n626_ = ~new_n250_ & ~new_n620_;
  assign new_n627_ = ~new_n621_ & ~new_n622_;
  assign new_n628_ = new_n626_ & new_n627_;
  assign pv151_24_ = ~new_n625_ | ~new_n628_;
  assign new_n630_ = pv88_31_ & new_n206_;
  assign new_n631_ = pv88_20_ & new_n208_;
  assign new_n632_ = pv88_23_ & new_n252_;
  assign new_n633_ = pv88_16_ & new_n213_;
  assign new_n634_ = ~new_n256_ & ~new_n633_;
  assign new_n635_ = new_n260_ & new_n634_;
  assign new_n636_ = ~new_n250_ & ~new_n630_;
  assign new_n637_ = ~new_n631_ & ~new_n632_;
  assign new_n638_ = new_n636_ & new_n637_;
  assign pv151_31_ = ~new_n635_ | ~new_n638_;
  assign new_n640_ = pv56_11_ & new_n206_;
  assign new_n641_ = pv56_3_ & new_n211_;
  assign new_n642_ = pv24_10_ & new_n213_;
  assign new_n643_ = ~new_n641_ & ~new_n642_;
  assign new_n644_ = ~new_n194_ & ~new_n640_;
  assign new_n645_ = ~new_n575_ & new_n644_;
  assign pv119_10_ = ~new_n643_ | ~new_n645_;
  assign new_n647_ = pv88_5_ & new_n206_;
  assign new_n648_ = pv56_26_ & new_n208_;
  assign new_n649_ = pv56_29_ & new_n252_;
  assign new_n650_ = pv56_22_ & new_n213_;
  assign new_n651_ = ~new_n256_ & ~new_n650_;
  assign new_n652_ = new_n260_ & new_n651_;
  assign new_n653_ = ~new_n250_ & ~new_n647_;
  assign new_n654_ = ~new_n648_ & ~new_n649_;
  assign new_n655_ = new_n653_ & new_n654_;
  assign pv151_5_ = ~new_n652_ | ~new_n655_;
  assign new_n657_ = pv88_14_ & new_n206_;
  assign new_n658_ = pv88_6_ & new_n252_;
  assign new_n659_ = pv56_31_ & new_n213_;
  assign new_n660_ = ~new_n256_ & ~new_n659_;
  assign new_n661_ = new_n260_ & new_n660_;
  assign new_n662_ = ~new_n250_ & ~new_n657_;
  assign new_n663_ = ~new_n242_ & ~new_n658_;
  assign new_n664_ = new_n662_ & new_n663_;
  assign pv151_14_ = ~new_n661_ | ~new_n664_;
  assign new_n666_ = pv56_12_ & new_n206_;
  assign new_n667_ = pv56_1_ & new_n208_;
  assign new_n668_ = pv56_4_ & new_n211_;
  assign new_n669_ = pv24_11_ & new_n213_;
  assign new_n670_ = ~new_n668_ & ~new_n669_;
  assign new_n671_ = ~new_n194_ & ~new_n666_;
  assign new_n672_ = ~new_n667_ & new_n671_;
  assign pv119_11_ = ~new_n670_ | ~new_n672_;
  assign new_n674_ = pv88_4_ & new_n206_;
  assign new_n675_ = pv56_25_ & new_n208_;
  assign new_n676_ = pv56_28_ & new_n252_;
  assign new_n677_ = pv56_21_ & new_n213_;
  assign new_n678_ = ~new_n256_ & ~new_n677_;
  assign new_n679_ = new_n260_ & new_n678_;
  assign new_n680_ = ~new_n250_ & ~new_n674_;
  assign new_n681_ = ~new_n675_ & ~new_n676_;
  assign new_n682_ = new_n680_ & new_n681_;
  assign pv151_4_ = ~new_n679_ | ~new_n682_;
  assign new_n684_ = pv88_15_ & new_n206_;
  assign new_n685_ = pv88_7_ & new_n252_;
  assign new_n686_ = pv88_0_ & new_n213_;
  assign new_n687_ = ~new_n256_ & ~new_n686_;
  assign new_n688_ = new_n260_ & new_n687_;
  assign new_n689_ = ~new_n250_ & ~new_n684_;
  assign new_n690_ = ~new_n227_ & ~new_n685_;
  assign new_n691_ = new_n689_ & new_n690_;
  assign pv151_15_ = ~new_n688_ | ~new_n691_;
  assign new_n693_ = pv88_7_ & new_n206_;
  assign new_n694_ = pv56_28_ & new_n208_;
  assign new_n695_ = pv56_31_ & new_n252_;
  assign new_n696_ = pv56_24_ & new_n213_;
  assign new_n697_ = ~new_n256_ & ~new_n696_;
  assign new_n698_ = new_n260_ & new_n697_;
  assign new_n699_ = ~new_n250_ & ~new_n693_;
  assign new_n700_ = ~new_n694_ & ~new_n695_;
  assign new_n701_ = new_n699_ & new_n700_;
  assign pv151_7_ = ~new_n698_ | ~new_n701_;
  assign new_n703_ = pv88_12_ & new_n206_;
  assign new_n704_ = pv88_4_ & new_n252_;
  assign new_n705_ = pv56_29_ & new_n213_;
  assign new_n706_ = ~new_n256_ & ~new_n705_;
  assign new_n707_ = new_n260_ & new_n706_;
  assign new_n708_ = ~new_n250_ & ~new_n703_;
  assign new_n709_ = ~new_n220_ & ~new_n704_;
  assign new_n710_ = new_n708_ & new_n709_;
  assign pv151_12_ = ~new_n707_ | ~new_n710_;
  assign new_n712_ = pv88_6_ & new_n206_;
  assign new_n713_ = pv56_27_ & new_n208_;
  assign new_n714_ = pv56_30_ & new_n252_;
  assign new_n715_ = pv56_23_ & new_n213_;
  assign new_n716_ = ~new_n256_ & ~new_n715_;
  assign new_n717_ = new_n260_ & new_n716_;
  assign new_n718_ = ~new_n250_ & ~new_n712_;
  assign new_n719_ = ~new_n713_ & ~new_n714_;
  assign new_n720_ = new_n718_ & new_n719_;
  assign pv151_6_ = ~new_n717_ | ~new_n720_;
  assign new_n722_ = pv88_13_ & new_n206_;
  assign new_n723_ = pv88_5_ & new_n252_;
  assign new_n724_ = pv56_30_ & new_n213_;
  assign new_n725_ = ~new_n256_ & ~new_n724_;
  assign new_n726_ = new_n260_ & new_n725_;
  assign new_n727_ = ~new_n250_ & ~new_n722_;
  assign new_n728_ = ~new_n209_ & ~new_n723_;
  assign new_n729_ = new_n727_ & new_n728_;
  assign pv151_13_ = ~new_n726_ | ~new_n729_;
  assign new_n731_ = pv88_9_ & new_n206_;
  assign new_n732_ = pv56_30_ & new_n208_;
  assign new_n733_ = pv88_1_ & new_n252_;
  assign new_n734_ = pv56_26_ & new_n213_;
  assign new_n735_ = ~new_n256_ & ~new_n734_;
  assign new_n736_ = new_n260_ & new_n735_;
  assign new_n737_ = ~new_n250_ & ~new_n731_;
  assign new_n738_ = ~new_n732_ & ~new_n733_;
  assign new_n739_ = new_n737_ & new_n738_;
  assign pv151_9_ = ~new_n736_ | ~new_n739_;
  assign new_n741_ = pv88_10_ & new_n206_;
  assign new_n742_ = pv56_31_ & new_n208_;
  assign new_n743_ = pv88_2_ & new_n252_;
  assign new_n744_ = pv56_27_ & new_n213_;
  assign new_n745_ = ~new_n256_ & ~new_n744_;
  assign new_n746_ = new_n260_ & new_n745_;
  assign new_n747_ = ~new_n250_ & ~new_n741_;
  assign new_n748_ = ~new_n742_ & ~new_n743_;
  assign new_n749_ = new_n747_ & new_n748_;
  assign pv151_10_ = ~new_n746_ | ~new_n749_;
  assign new_n751_ = pv88_8_ & new_n206_;
  assign new_n752_ = pv56_29_ & new_n208_;
  assign new_n753_ = pv88_0_ & new_n252_;
  assign new_n754_ = pv56_25_ & new_n213_;
  assign new_n755_ = ~new_n256_ & ~new_n754_;
  assign new_n756_ = new_n260_ & new_n755_;
  assign new_n757_ = ~new_n250_ & ~new_n751_;
  assign new_n758_ = ~new_n752_ & ~new_n753_;
  assign new_n759_ = new_n757_ & new_n758_;
  assign pv151_8_ = ~new_n756_ | ~new_n759_;
  assign new_n761_ = pv88_11_ & new_n206_;
  assign new_n762_ = pv88_0_ & new_n208_;
  assign new_n763_ = pv88_3_ & new_n252_;
  assign new_n764_ = pv56_28_ & new_n213_;
  assign new_n765_ = ~new_n256_ & ~new_n764_;
  assign new_n766_ = new_n260_ & new_n765_;
  assign new_n767_ = ~new_n250_ & ~new_n761_;
  assign new_n768_ = ~new_n762_ & ~new_n763_;
  assign new_n769_ = new_n767_ & new_n768_;
  assign pv151_11_ = ~new_n766_ | ~new_n769_;
endmodule